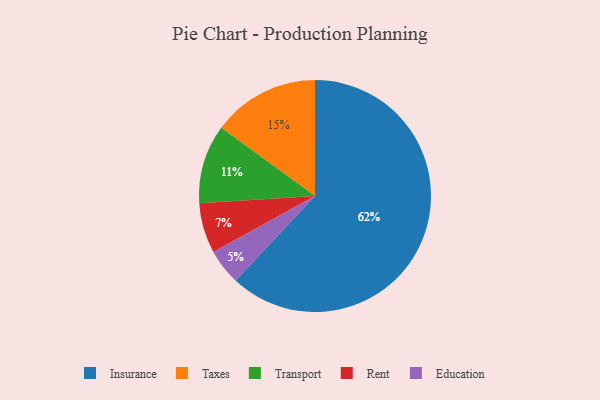
{"axis": {"x": "Category", "y": "Percentage"}, "legend": ["Education", "Insurance", "Rent", "Taxes", "Transport"], "data": [{"x": "Education", "y": 5, "type": "Education"}, {"x": "Rent", "y": 7, "type": "Rent"}, {"x": "Insurance", "y": 62, "type": "Insurance"}, {"x": "Taxes", "y": 15, "type": "Taxes"}, {"x": "Transport", "y": 11, "type": "Transport"}]}